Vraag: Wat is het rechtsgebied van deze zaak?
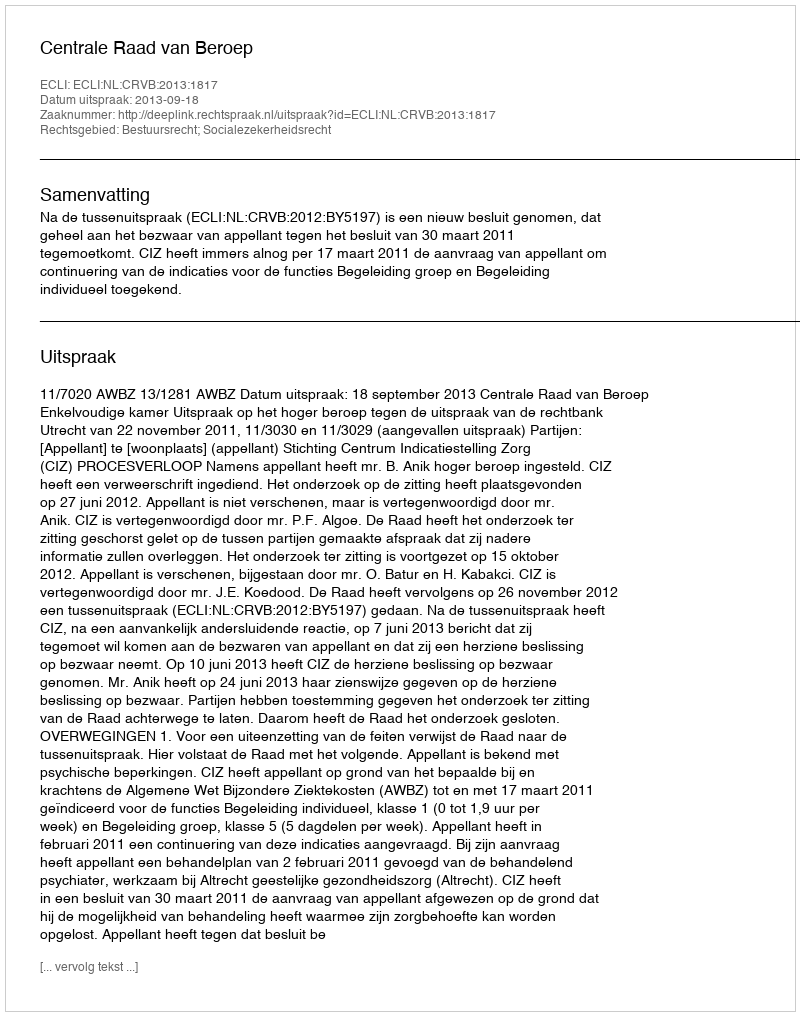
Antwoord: Bestuursrecht; Socialezekerheidsrecht